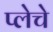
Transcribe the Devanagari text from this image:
प्लेचे